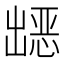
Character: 𭃀